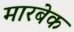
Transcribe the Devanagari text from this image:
मारबेक